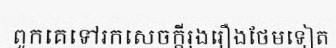
ពួកគេទៅរកសេចក្តីរុងរឿងថែមទៀត